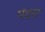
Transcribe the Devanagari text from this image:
पंदरा